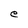
Character: e